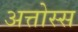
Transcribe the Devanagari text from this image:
अत्तोस्स